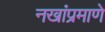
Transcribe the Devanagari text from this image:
नखांप्रमाणे